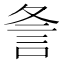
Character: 𮗺